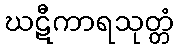
ဃဋီကာရသုတ္တံ